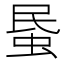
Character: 𧊈